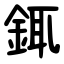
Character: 銸